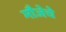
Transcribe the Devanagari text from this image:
मौजेचे